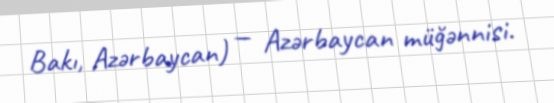
Bakı, Azərbaycan) — Azərbaycan müğənnisi.